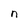
Character: n